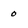
Character: 0